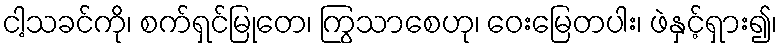
ငါ့သခင်ကို၊ စက်ရှင်မြုတေ၊ ကြွသာစေဟု၊ ဝေးမြေတပါး၊ ဖဲနှင့်ရှား၍၊